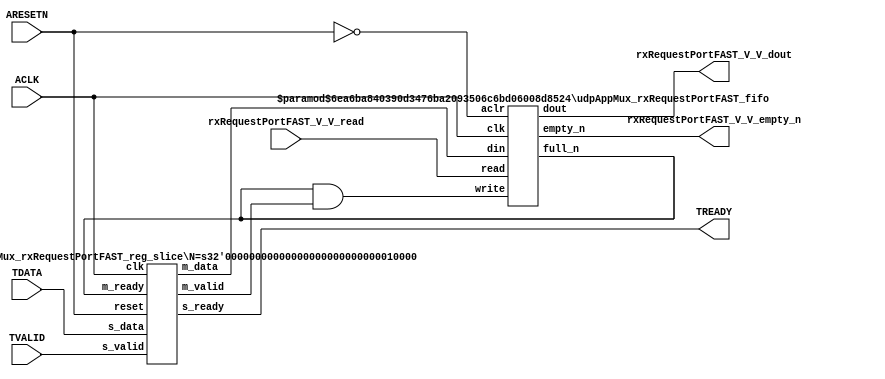
// ==============================================================
// File generated by Vivado(TM) HLS - High-Level Synthesis from C, C++ and SystemC
// Version: 2016.3
// Copyright (C) 1986-2016 Xilinx, Inc. All Rights Reserved.
// 
// ==============================================================


`timescale 1ns/1ps

module udpAppMux_rxRequestPortFAST_if (
    // AXI4-Stream singals
    input  wire        ACLK,
    input  wire        ARESETN,
    input  wire        TVALID,
    output wire        TREADY,
    input  wire [15:0] TDATA,
    // User signals
    output wire [15:0] rxRequestPortFAST_V_V_dout,
    output wire        rxRequestPortFAST_V_V_empty_n,
    input  wire        rxRequestPortFAST_V_V_read
);
//------------------------Local signal-------------------
// FIFO
wire [0:0]  fifo_write;
wire [0:0]  fifo_full_n;
wire [15:0] rxRequestPortFAST_V_V_din;
wire [0:0]  rxRequestPortFAST_V_V_full_n;
// register slice
wire [0:0]  s_valid;
wire [0:0]  s_ready;
wire [15:0] s_data;
wire [0:0]  m_valid;
wire [0:0]  m_ready;
wire [15:0] m_data;

//------------------------Instantiation------------------
// rs
udpAppMux_rxRequestPortFAST_reg_slice #(
    .N       ( 16 )
) rs (
    .clk     ( ACLK ),
    .reset   ( ARESETN ),
    .s_data  ( s_data ),
    .s_valid ( s_valid ),
    .s_ready ( s_ready ),
    .m_data  ( m_data ),
    .m_valid ( m_valid ),
    .m_ready ( m_ready )
);

// rxRequestPortFAST_V_V_fifo
udpAppMux_rxRequestPortFAST_fifo #(
    .DATA_BITS  ( 16 ),
    .DEPTH_BITS ( 4 )
) rxRequestPortFAST_V_V_fifo (
    .clk        ( ACLK ),
    .aclr       ( ~ARESETN ),
    .empty_n    ( rxRequestPortFAST_V_V_empty_n ),
    .full_n     ( rxRequestPortFAST_V_V_full_n ),
    .read       ( rxRequestPortFAST_V_V_read ),
    .write      ( fifo_write ),
    .dout       ( rxRequestPortFAST_V_V_dout ),
    .din        ( rxRequestPortFAST_V_V_din )
);

//------------------------Body---------------------------
//++++++++++++++++++++++++AXI4-Stream++++++++++++++++++++
assign TREADY = s_ready;

//+++++++++++++++++++++++++++++++++++++++++++++++++++++++

//++++++++++++++++++++++++Reigister Slice++++++++++++++++
assign s_valid = TVALID;
assign m_ready = fifo_full_n;
assign s_data  = {TDATA[15:0]};

//+++++++++++++++++++++++++++++++++++++++++++++++++++++++

//++++++++++++++++++++++++FIFO+++++++++++++++++++++++++++
assign fifo_write                = fifo_full_n & m_valid;
assign rxRequestPortFAST_V_V_din = m_data[15:0];
assign fifo_full_n               = rxRequestPortFAST_V_V_full_n;

//+++++++++++++++++++++++++++++++++++++++++++++++++++++++

endmodule



`timescale 1ns/1ps

module udpAppMux_rxRequestPortFAST_fifo
#(parameter
    DATA_BITS  = 8,
    DEPTH_BITS = 4
)(
    input  wire                 clk,
    input  wire                 aclr,
    output wire                 empty_n,
    output wire                 full_n,
    input  wire                 read,
    input  wire                 write,
    output wire [DATA_BITS-1:0] dout,
    input  wire [DATA_BITS-1:0] din
);
//------------------------Parameter----------------------
localparam
    DEPTH = 1 << DEPTH_BITS;
//------------------------Local signal-------------------
reg                   empty;
reg                   full;
reg  [DEPTH_BITS-1:0] index;
reg  [DATA_BITS-1:0]  mem[0:DEPTH-1];
//------------------------Body---------------------------
assign empty_n = ~empty;
assign full_n  = ~full;
assign dout    = mem[index];

// empty
always @(posedge clk or posedge aclr) begin
    if (aclr)
        empty <= 1'b1;
    else if (empty & write & ~read)
        empty <= 1'b0;
    else if (~empty & ~write & read & (index==1'b0))
        empty <= 1'b1;
end

// full
always @(posedge clk or posedge aclr) begin
    if (aclr)
        full <= 1'b0;
    else if (full & read & ~write)
        full <= 1'b0;
    else if (~full & ~read & write & (index==DEPTH-2'd2))
        full <= 1'b1;
end

// index
always @(posedge clk or posedge aclr) begin
    if (aclr)
        index <= {DEPTH_BITS{1'b1}};
    else if (~empty & ~write & read)
        index <= index - 1'b1;
    else if (~full & ~read & write)
        index <= index + 1'b1;
end

// mem
always @(posedge clk) begin
    if (~full & write) mem[0] <= din;
end

genvar i;
generate
    for (i = 1; i < DEPTH; i = i + 1) begin : gen_sr
        always @(posedge clk) begin
            if (~full & write) mem[i] <= mem[i-1];
        end
    end
endgenerate

endmodule

`timescale 1ns/1ps

module udpAppMux_rxRequestPortFAST_reg_slice
#(parameter
    N = 8   // data width
) (
    // system signals
    input  wire         clk,
    input  wire         reset,
    // slave side
    input  wire [N-1:0] s_data,
    input  wire         s_valid,
    output wire         s_ready,
    // master side
    output wire [N-1:0] m_data,
    output wire         m_valid,
    input  wire         m_ready
);
//------------------------Parameter----------------------
// state
localparam [1:0]
    ZERO = 2'b10,
    ONE  = 2'b11,
    TWO  = 2'b01;
//------------------------Local signal-------------------
reg  [N-1:0] data_p1;
reg  [N-1:0] data_p2;
wire         load_p1;
wire         load_p2;
wire         load_p1_from_p2;
reg          s_ready_t;
reg  [1:0]   state;
reg  [1:0]   next;
//------------------------Body---------------------------
assign s_ready = s_ready_t;
assign m_data  = data_p1;
assign m_valid = state[0];

assign load_p1 = (state == ZERO && s_valid) ||
                 (state == ONE && s_valid && m_ready) ||
                 (state == TWO && m_ready);
assign load_p2 = s_valid & s_ready;
assign load_p1_from_p2 = (state == TWO);

// data_p1
always @(posedge clk) begin
    if (load_p1) begin
        if (load_p1_from_p2)
            data_p1 <= data_p2;
        else
            data_p1 <= s_data;
    end
end

// data_p2
always @(posedge clk) begin
    if (load_p2) data_p2 <= s_data;
end

// s_ready_t
always @(posedge clk) begin
    if (~reset)
        s_ready_t <= 1'b0;
    else if (state == ZERO)
        s_ready_t <= 1'b1;
    else if (state == ONE && next == TWO)
        s_ready_t <= 1'b0;
    else if (state == TWO && next == ONE)
        s_ready_t <= 1'b1;
end

// state
always @(posedge clk) begin
    if (~reset)
        state <= ZERO;
    else
        state <= next;
end

// next
always @(*) begin
    case (state)
        ZERO:
            if (s_valid & s_ready)
                next = ONE;
            else
                next = ZERO;
        ONE:
            if (~s_valid & m_ready)
                next = ZERO;
            else if (s_valid & ~m_ready)
                next = TWO;
            else
                next = ONE;
        TWO:
            if (m_ready)
                next = ONE;
            else
                next = TWO;
        default:
            next = ZERO;
    endcase
end

endmodule